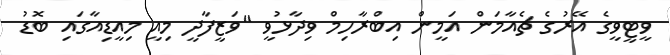
ވީޓީވީގެ އޭރުގެ ޗެއާމަން އަމީން އިބްރާހިމް ވިދާޅުވީ "ވަޒީފާދީ މިއީ މިއީޑިއާގައި ބޮޑު